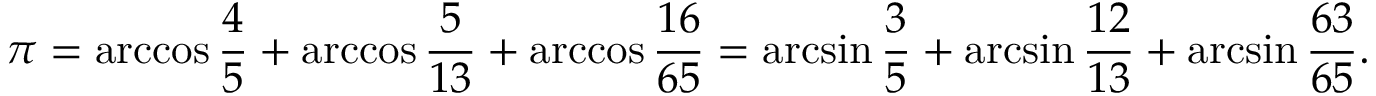
\pi = \operatorname { a r c c o s } { \frac { 4 } { 5 } } + \operatorname { a r c c o s } { \frac { 5 } { 1 3 } } + \operatorname { a r c c o s } { \frac { 1 6 } { 6 5 } } = \arcsin { \frac { 3 } { 5 } } + \arcsin { \frac { 1 2 } { 1 3 } } + \arcsin { \frac { 6 3 } { 6 5 } } .